Vaccine operations Central Provinces 1886-1899 - 1886-1899
Year: 1886
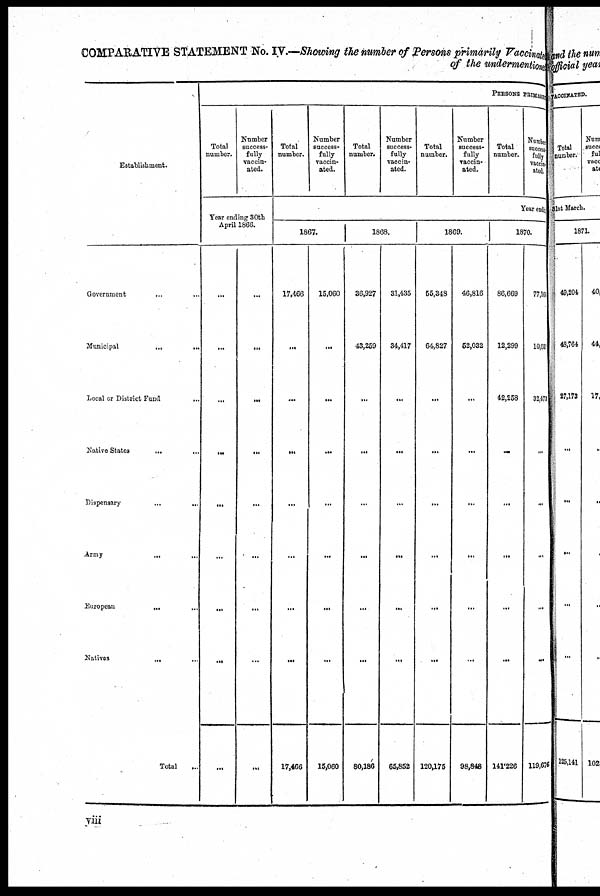
COMPARATIVE STATEMENT No. IV.—Showing the number of Persons primarily Vaccinated
of the undermentioned
Establishment.
Government
... ...
Municipal
...
...
Local or District Fund
...
Native States
... ...
Dispensary
...
...
Army
...
...
European
...
...
Natives
...
...
Total ...
PERSONS PRIMARY
Total
number.
Number
success-
fully
vaccin-
ated.
Year ending 30th
April 1866.
...
...
...
...
...
...
...
...
...
...
...
...
...
...
...
...
...
...
Total
number.
Number
success-
fully
vaccin-
ated.
Total
number.
Number
success-
fully
vaccin-
ated.
Total
number.
Number
success-
fully
vaccin-
ated.
Total
number.
Number
succes¬
fully
vaccin¬
ated.
Year endi ng
1867.
17,466
...
...
...
...
...
...
...
17,466
15,060
...
...
...
...
...
...
...
15,060
1868.
36,927
43,259
...
...
...
...
...
...
80,186
31,435
34,417
...
...
...
...
...
...
65,852
1869.
55,348
64,827
...
...
...
...
...
...
120,175
46,816
52,032
...
...
...
...
...
...
98,848
1870.
86,669
12,299
42,258
...
...
...
...
...
141,226
77,166
10,031
32,473
...
...
...
...
...
119,676
viii